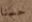
حسنا